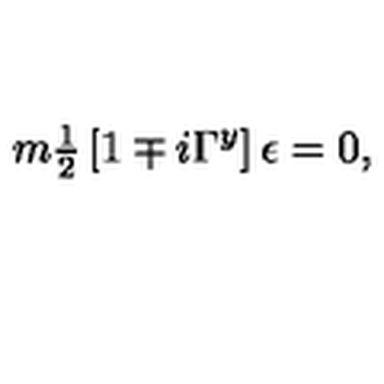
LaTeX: m { \textstyle \frac { 1 } { 2 } } \left[ 1 \mp i \Gamma ^ { y } \right] \epsilon = 0 ,